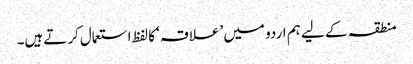
منطقہ کے لیے ہم اردو میں ’علاقہ‘ کا لفظ استعمال کرتےہیں۔